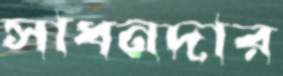
সাধনদার